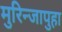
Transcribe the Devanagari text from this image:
मुरिन्जापुहा